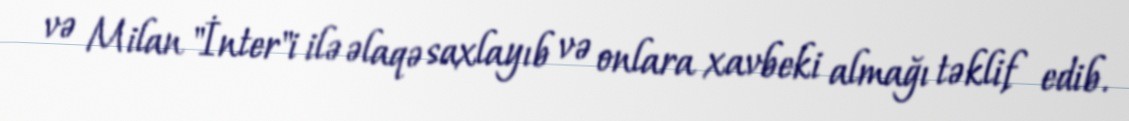
və Milan "İnter"i ilə əlaqə saxlayıb və onlara xavbeki almağı təklif edib.